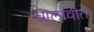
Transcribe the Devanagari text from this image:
चालावीत